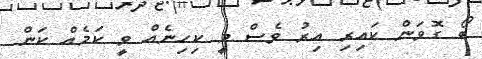
ބޯ ގޮވަން ކައިރި އިރު ވެސް މީ ކިހިނެއް ވީ ކަމެއް ކަން